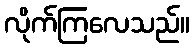
လိုက်ကြလေသည်။